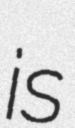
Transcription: is